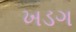
ખડગ